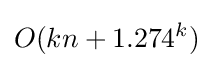
O(kn+1.274^{k})